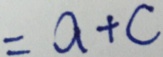
= a + c